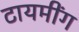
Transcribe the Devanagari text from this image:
टायमींग